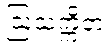
ဩသက္ကိတံ